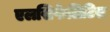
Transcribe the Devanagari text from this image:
एलसिफेलिटिस